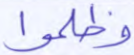
وظلموا